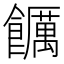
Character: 𮩖